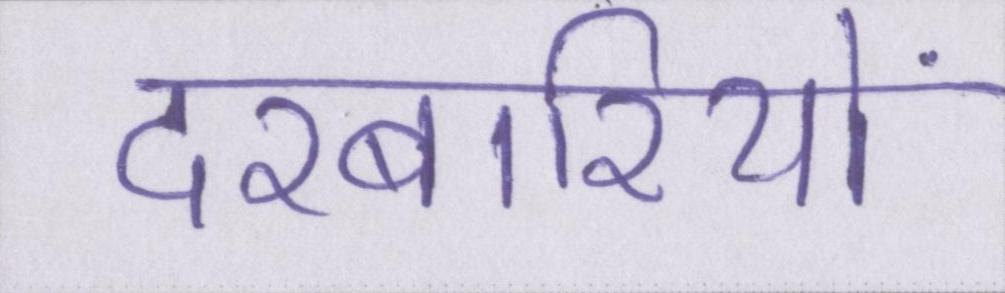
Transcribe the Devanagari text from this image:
दरबारियों